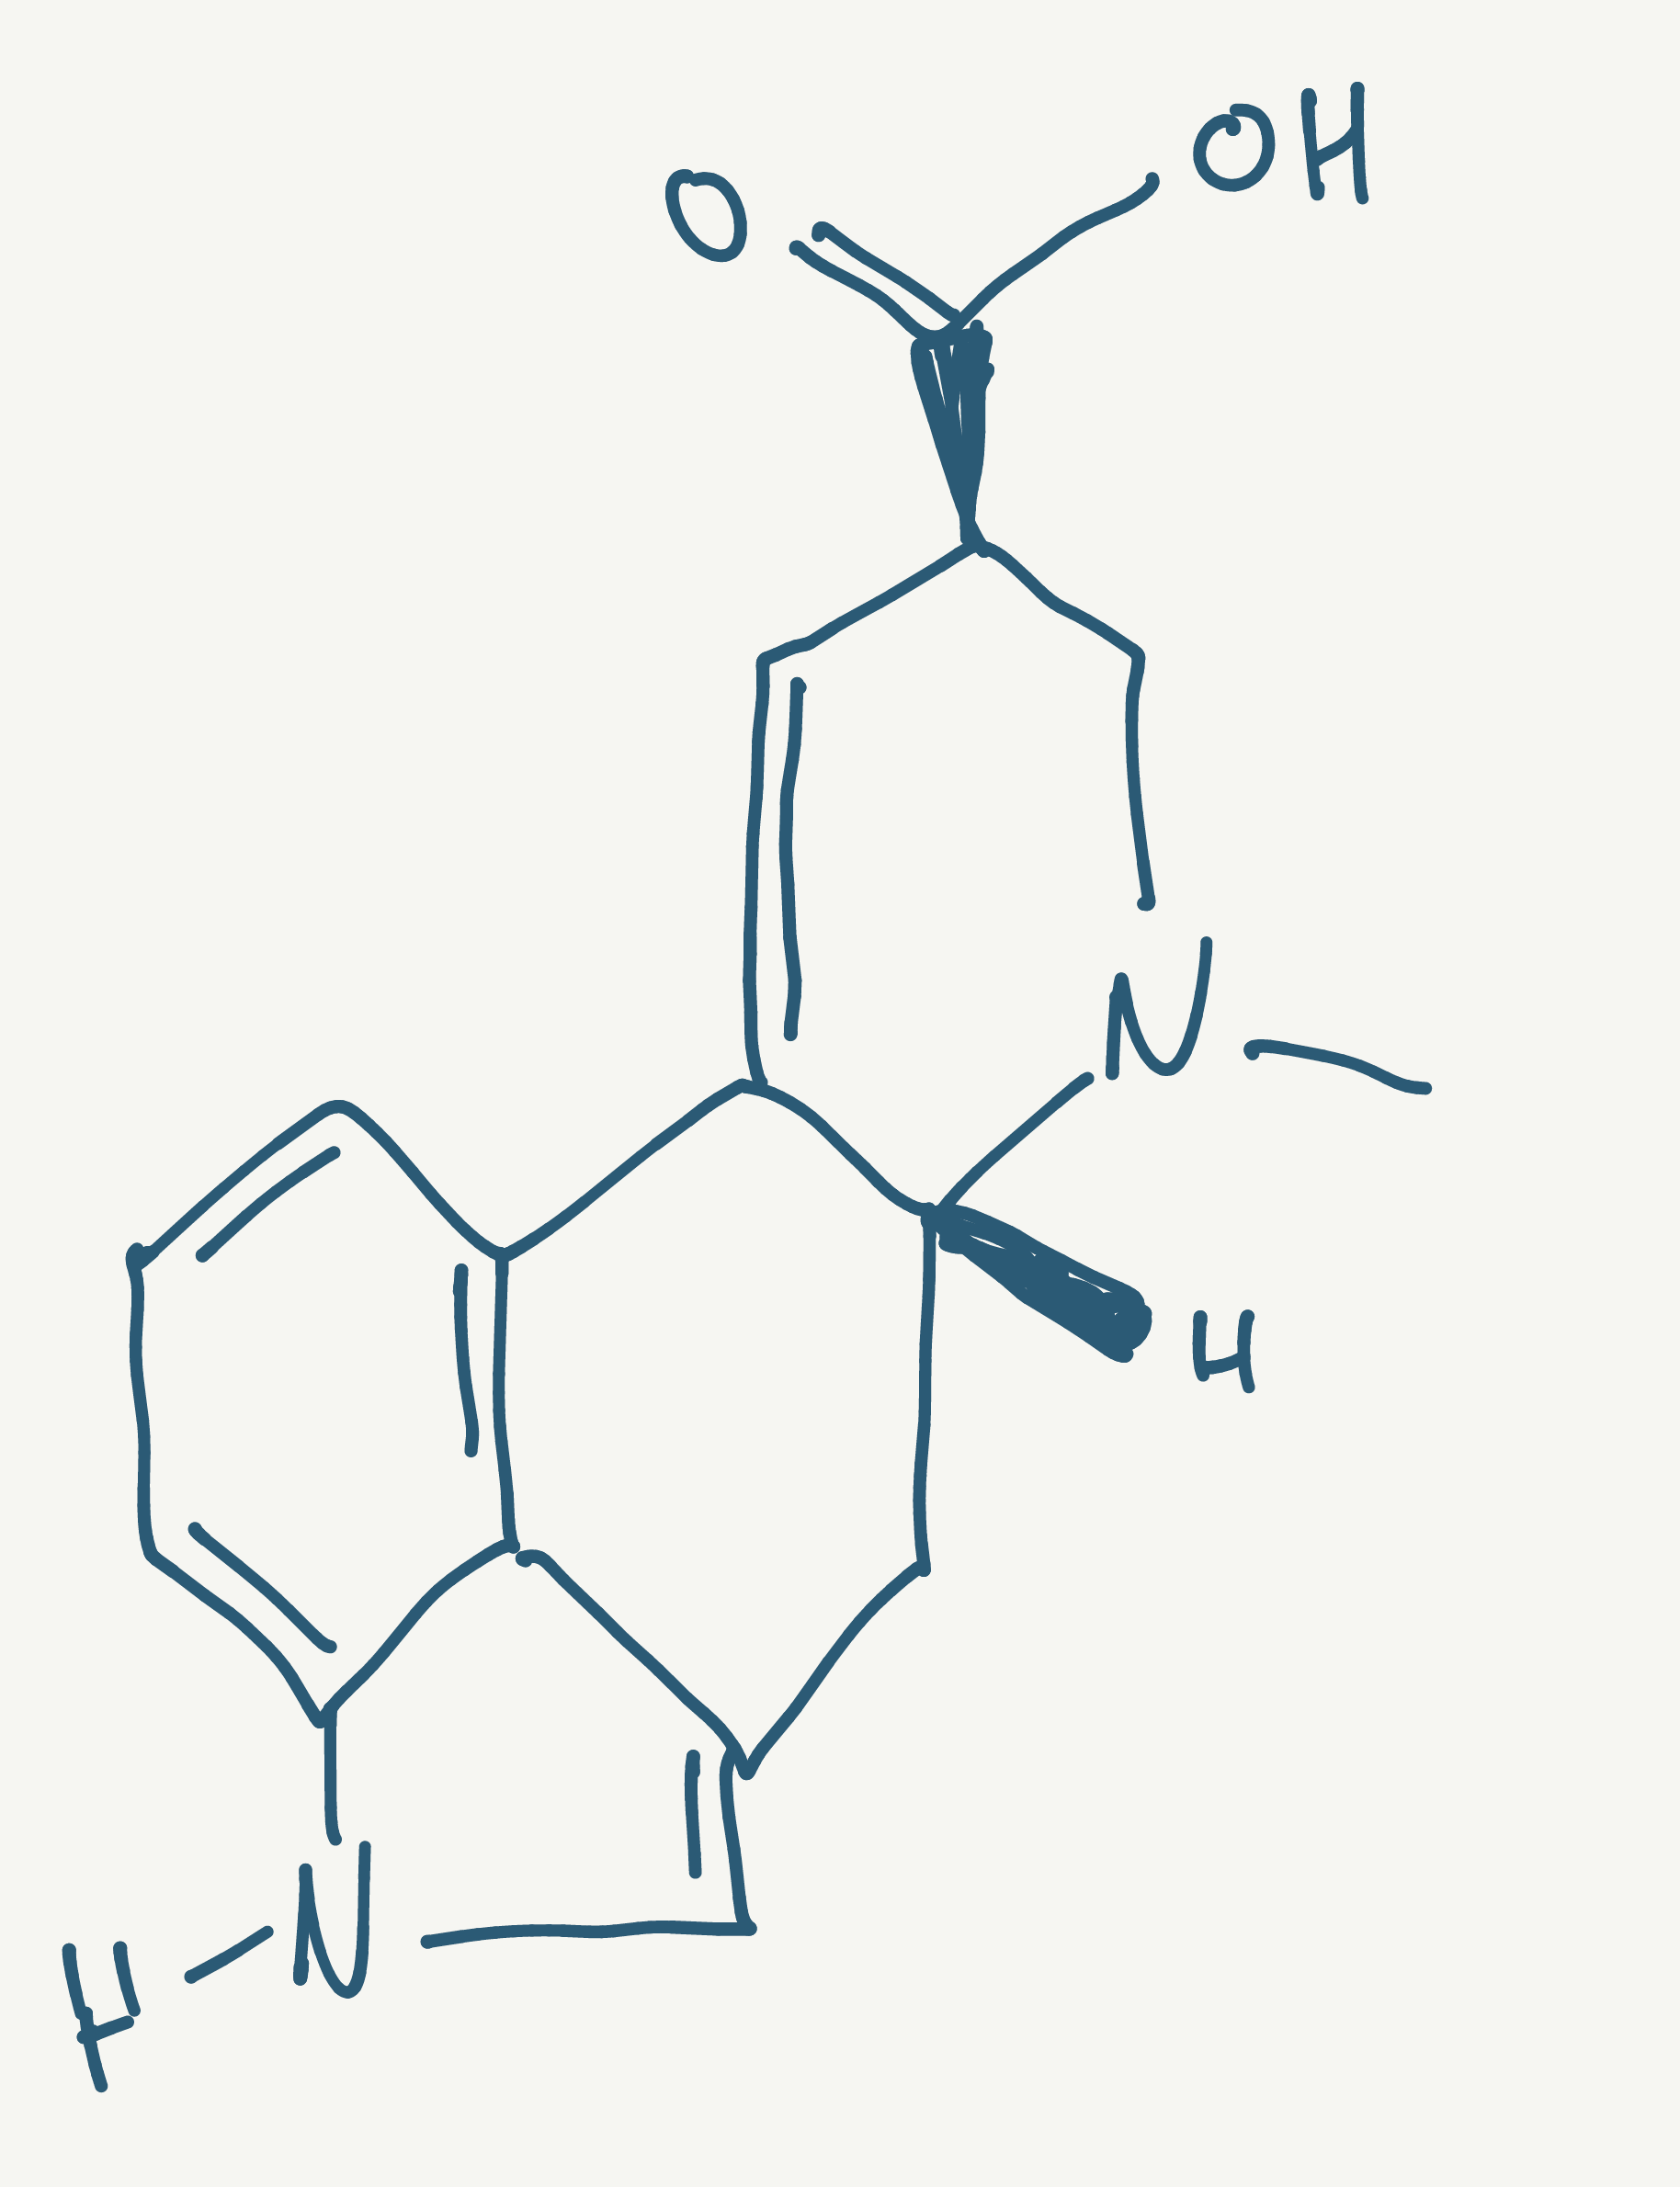
Simplified molecular-input line-entry system (SMILES) notation of the given molecule:
CN1C[C@@H](C=C2[C@H]1CC3=CNC4=CC=CC2=C34)C(=O)O